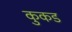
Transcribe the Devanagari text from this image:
कुकड